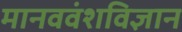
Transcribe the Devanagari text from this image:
मानववंशविज्ञान